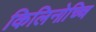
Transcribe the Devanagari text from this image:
किलिनोच्चि